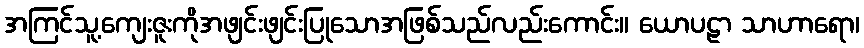
အကြင်သူ့ကျေးဇူးကိုအဖျင်းဖျင်းပြုသောအဖြစ်သည်လည်းကောင်း။ ယောပဠာ သာဟာရော၊